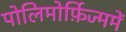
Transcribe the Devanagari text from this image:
पोलिमोर्फ़िज्ममें